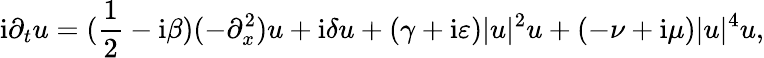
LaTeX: \mathrm{i}\partial_{t}u=(\frac{1}{2}-\mathrm{i}\beta)(-\partial_{x}^{2})u+\mathrm{i}\delta u+(\gamma+\mathrm{i}\varepsilon)|u|^{2}u+(-\nu+\mathrm{i}\mu)|u|^{4}u,